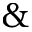
\&